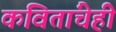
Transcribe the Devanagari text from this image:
कवितांचेही